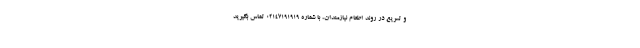
و تسریع در روند اطعام نیازمندان، با شماره ۰۲۱۴۷۱۹۱۹۱۹ تماس بگیرید